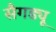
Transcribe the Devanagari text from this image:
सैगड्यू